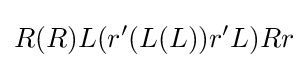
R(R)L(r^{\prime }(L(L))r^{\prime }L)Rr